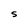
Character: S